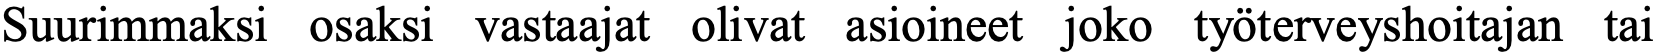
Suurimmaksi osaksi vastaajat olivat asioineet joko työterveyshoitajan tai